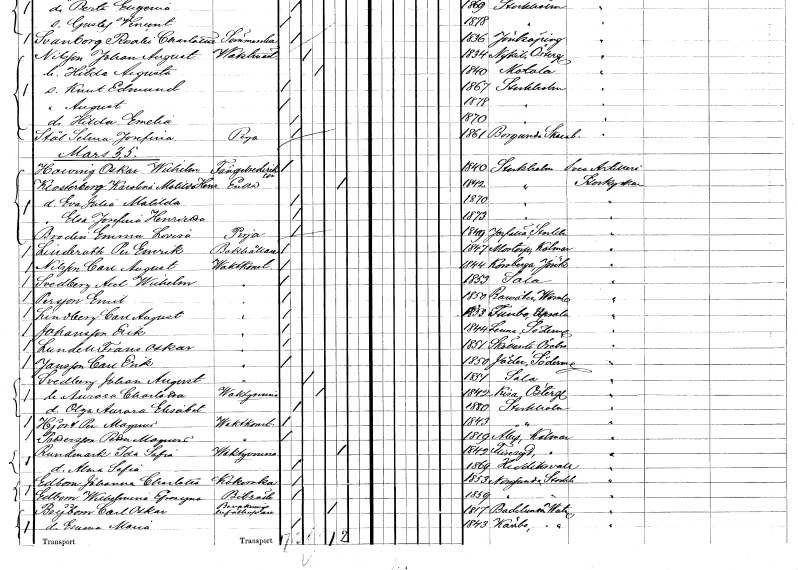
gt_parse: households: individuals: FN: Oskar Wilhelm
EN: Howing
YRKE: Fängelsedirektör
KON: M
CIV: O
FODAR: 1840
FODFORS: Stockholm
FN: Karolina Matilda Henrietta
EN: Klosterberg
YRKE: Änka
KON: K
CIV: E
FODAR: 1842
FODFORS: Stockholm
FN: Eva Julia Matilda
KON: K
CIV: O
FODAR: 1870
FODFORS: Stockholm
FN: Elsa Josefina Henrietta
KON: K
CIV: O
FODAR: 1873
FODFORS: Stockholm
FN: Emma Lovisa
EN: Brodin
YRKE: Piga
KON: K
CIV: O
FODAR: 1849
FODFORS: Järfälla Stockholms län
FN: Per Emrik
EN: Linderoth
YRKE: Bokhållare
KON: M
CIV: O
FODAR: 1847
FODFORS: Mortorp Kalmar län
FN: Carl August
EN: Nilsson
YRKE: Vaktmästare
KON: M
CIV: O
FODAR: 1844
FODFORS: Korsberga Jönköpings län
FN: Axel Wilhelm
EN: Svedberg
YRKE: Vaktmästare
KON: M
CIV: O
FODAR: 1853
FODFORS: Sala Västmanlands län
FN: Emil
EN: Persson
YRKE: Vaktmästare
KON: M
CIV: O
FODAR: 1850
FODFORS: Ransäter Värmlands län
FN: Carl August
EN: Lindberg
YRKE: Vaktmästare
KON: M
CIV: O
FODAR: 1853
FODFORS: Funbo Uppsala län
FN: Erik
EN: Johansson
YRKE: Vaktmästare
KON: M
CIV: O
FODAR: 1844
FODFORS: Länna Södermanlands län
FN: Frans Oskar
EN: Lundell
YRKE: Vaktmästare
KON: M
CIV: O
FODAR: 1851
FODFORS: Sköllersta Örebro län
FN: Carl Erik
EN: Jansson
YRKE: Vaktmästare
KON: M
CIV: O
FODAR: 1850
FODFORS: Jäder Södermanlands län
FN: Johan August
EN: Svedberg
YRKE: Vaktmästare
KON: M
CIV: G
FODAR: 1851
FODFORS: Sala Västmanlands län
FN: Aurora Charlotta
YRKE: Vaktkvinna
KON: K
CIV: G
FODAR: 1842
FODFORS: Kisa Östergötlands län
FN: Olga Aurora Elisabet
KON: K
CIV: O
FODAR: 1880
FODFORS: Stockholm
FN: Per Magnus
EN: Hjort
YRKE: Vaktkonstapel
KON: M
CIV: O
FODAR: 1843
FODFORS: Stockholm
FN: Petter Magnus
EN: Pettersson
YRKE: Vaktkonstapel
KON: M
CIV: O
FODAR: 1819
FODFORS: Åby Kalmar län
FN: Ida Sofia
EN: Rundmark
YRKE: Vaktkvinna
KON: K
CIV: E
FODAR: 1842
FODFORS: Fliseryd Kalmar län
FN: Alma Sofia
KON: K
CIV: O
FODAR: 1869
FODFORS: Hudiksvall Gävleborgs län
FN: Johanna Charlotta
EN: Edbom
YRKE: Kokerska
KON: K
CIV: O
FODAR: 1853
FODFORS: Norrsunda Stockholms län
FN: Wilhelmina Efrosyne
EN: Edbom
YRKE: Biträde
KON: K
CIV: O
FODAR: 1859
FODFORS: Norrsunda Stockholms län
FN: Carl Oskar
EN: Beijbom
YRKE: Bevakningsbefälhavare
KON: M
CIV: E
FODAR: 1817
FODFORS: Badelunda Västmanlands län
FN: Emma Maria
KON: K
CIV: O
FODAR: 1843
FODFORS: Kärrbo Västmanlands län